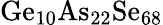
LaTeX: \mathrm{Ge_{10}As_{22}Se_{68}}